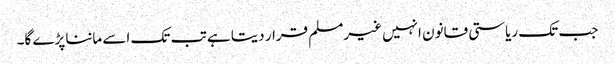
جب تک ریاستی قانون انہیں غیرمسلم قرار دیتا ہے تب تک اسے ماننا پڑے گا۔